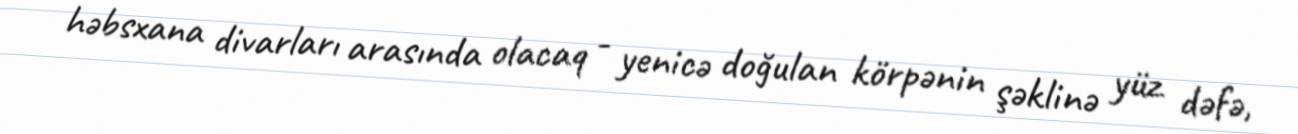
həbsxana divarları arasında olacaq - yenicə doğulan körpənin şəklinə yüz dəfə,